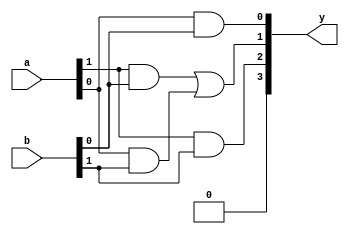
module vedic2x2( input [1:0] a,b , output [3:0] y);
wire[3:0] temp;
assign temp[1:0] = (a[1] & b[0]) | (a[0] & b[1]);
assign y[0] = a[0] & b[0] ; 
assign y[1] = temp[0];
assign temp[3:2] =  ( a[1] & b[1]) | temp[1] ; 
assign y[2] = temp[2]; 
assign y[3] = temp[3]; 


endmodule